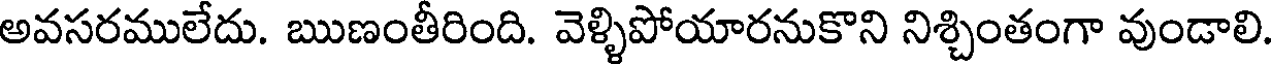
అవసరములేదు. ఋణంతీరింది. వెళ్ళిపోయారనుకొని నిశ్చింతంగా వుండాలి.